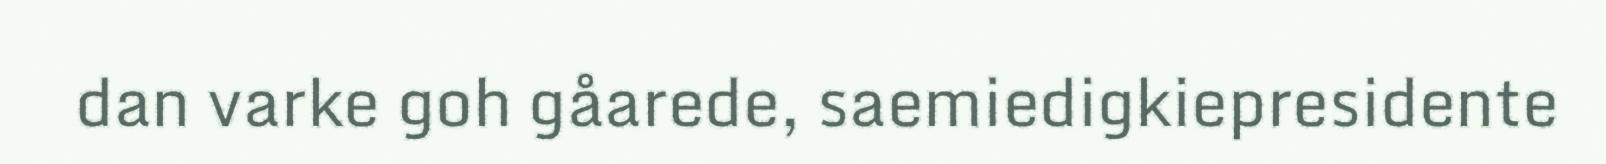
dan varke goh gåarede, saemiedigkiepresidente